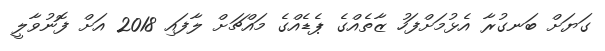
ގަޔަށް ބަނގުރާ އެޅުމަށްފަހު ޒާތެއްގެ ޕެޑެއްގެ މައްޗަށް ލާފައި 2018 އަށް ފޮނުވާލީ